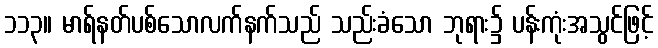
၁၁၃။ မာရ်နတ်ပစ်သောလက်နက်သည် သည်းခံသော ဘုရား၌ ပန်းကုံးအသွင်ဖြင့်